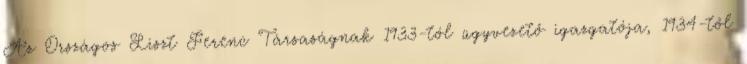
Az Országos Liszt Ferenc Társaságnak 1933-tól ügyvezető igazgatója, 1934-től